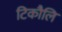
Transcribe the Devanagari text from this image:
टिकौलि